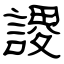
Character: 謖